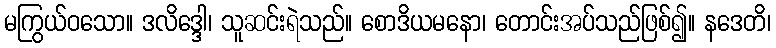
မကြွယ်ဝသော။ ဒလိဒ္ဒေါ၊ သူဆင်းရဲသည်။ စောဒိယမနော၊ တောင်းအပ်သည်ဖြစ်၍။ နဒေတိ၊